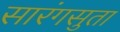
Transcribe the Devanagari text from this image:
सारंगसुता